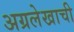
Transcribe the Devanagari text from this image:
अग्रलेखाची